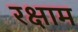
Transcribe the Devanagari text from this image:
रक्षाम